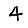
Digit: 4